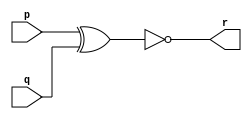
`timescale 1ns / 1ps
//////////////////////////////////////////////////////////////////////////////////
// Company: 
// 
// Design Name: comparitor, this program compares 4 bit numbers bit by bit 


//this is 1 bit comparitor 
    module equiv(
    input p,
    input q,
    output r
    );
    
    xnor (r,p,q); //if the values p q match then the output will be 1 
    
    
    
endmodule